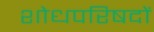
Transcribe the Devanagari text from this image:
शोधपरिषदों